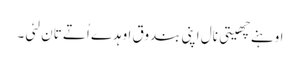
اوہنے چھیتی نال اپنی بندوق اوہدے اُتے تان لئی ۔